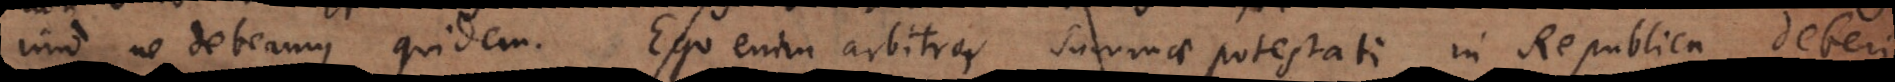
imo ne debeamus quidem. Ego enim arbitror, summae potestati in Republica deberi